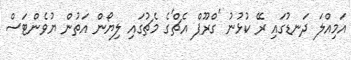
އަމިއްލަ ދަނޑުގައި ރޭ ކުޅުނު 'ގްރޫޕް އެޗް'ގެ މެޗުގައި ލިޔޯން އަތުން ޔުވެންޓަސް